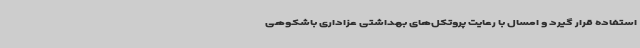
استفاده قرار گیرد و امسال با رعایت پروتکل‌های بهداشتی عزاداری باشکوهی